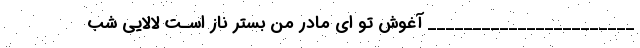
_______________________ آغوش تو اي مادر من بستر ناز اسـت لالایی شب